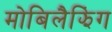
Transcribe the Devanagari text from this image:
मोबिलैझिंग